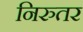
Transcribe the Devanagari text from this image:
निरुतर